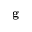
\mathbf { g }